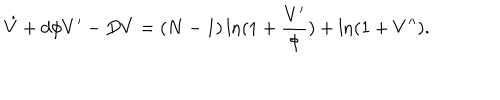
\hspace { - . 2 c m } { \dot { V } } + d \phi V ^ { \prime } - D V = ( N - 1 ) \ln ( 1 + \frac { V ^ { \prime } } { \phi } ) + \ln ( 1 + V ^ { \prime \prime } ) .